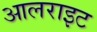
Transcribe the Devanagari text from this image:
आलराइट